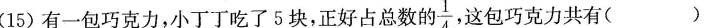
(15)有一包巧克力，小丁丁吃了5块，正好占总数的\frac{1}{4}这包巧克力共有( )